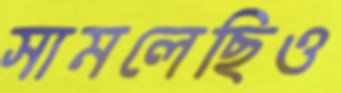
সামলেছিও